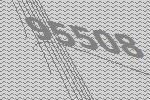
95508